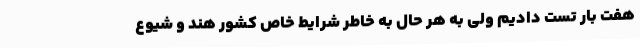
هفت بار تست دادیم ولی به هر حال به خاطر شرایط خاص کشور هند و شیوع